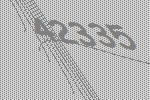
42335